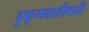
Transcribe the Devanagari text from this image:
हुकूमशाहीवादी